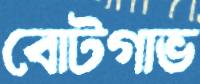
বোটগাভ